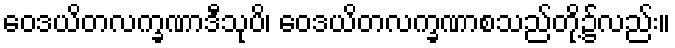
ဝေဒယိတလက္ခဏာဒီသုပိ၊ ဝေဒယိတလက္ခဏာစသည်တို့၌လည်း။